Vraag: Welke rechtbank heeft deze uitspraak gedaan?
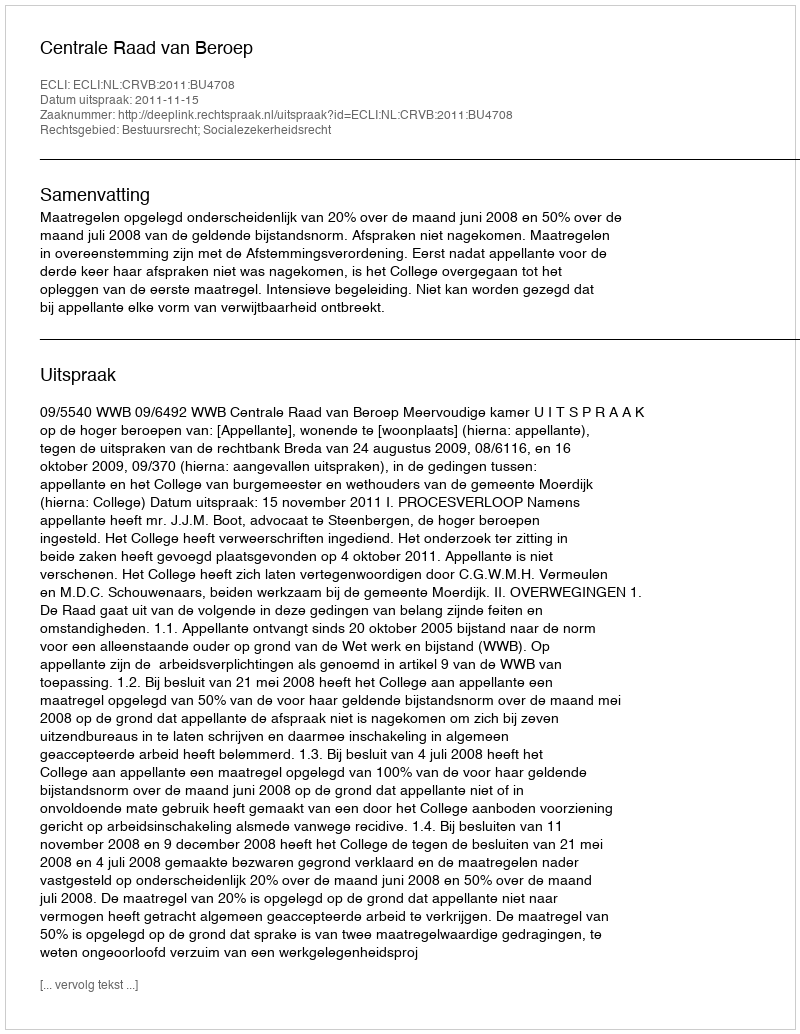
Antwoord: Centrale Raad van Beroep